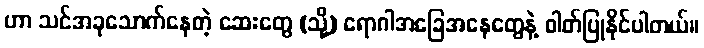
ဟာ သင်အခုသောက်နေတဲ့ ဆေးတွေ (သို့) ရောဂါအခြေအနေတွေနဲ့ ဓါတ်ပြုနိုင်ပါတယ်။